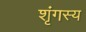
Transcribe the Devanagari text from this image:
शृंगस्य